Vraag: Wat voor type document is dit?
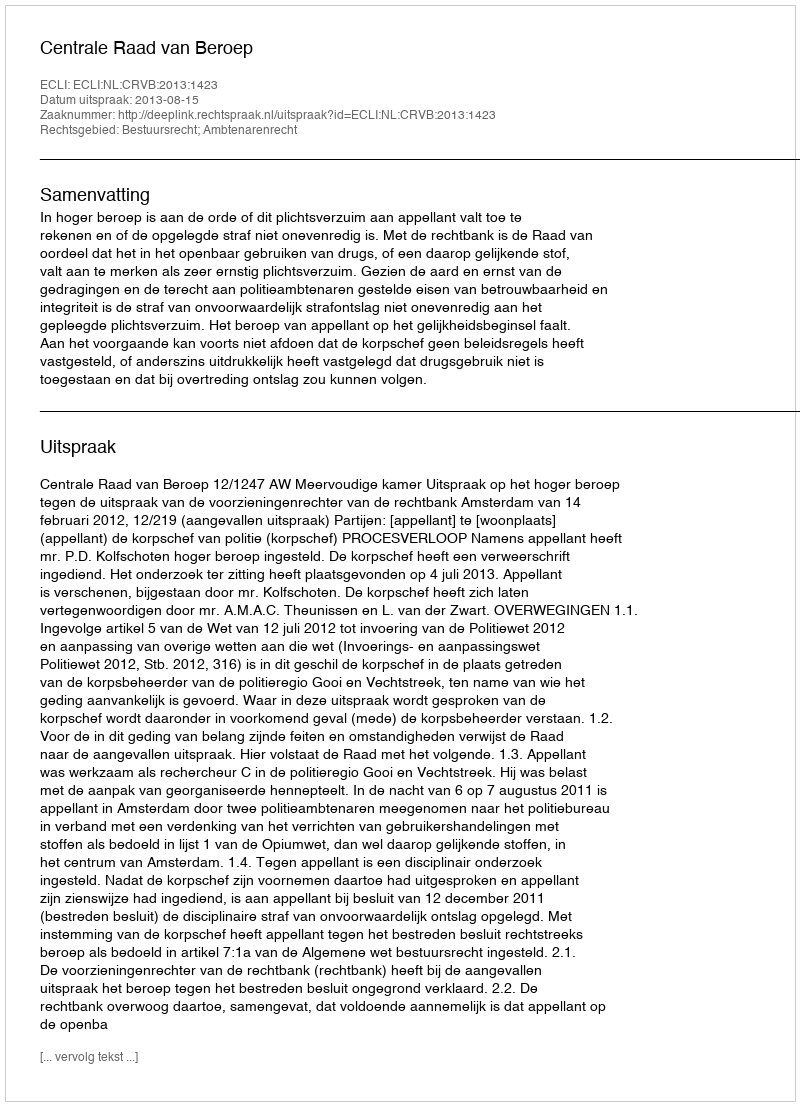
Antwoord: Uitspraak